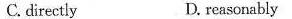
C.directly D.reasonably